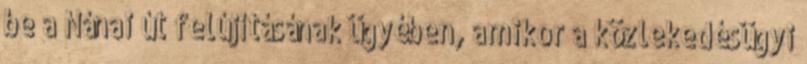
be a Nánai út felújításának ügyében, amikor a közlekedésügyi